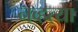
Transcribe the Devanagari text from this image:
नव्‍हत्‍या